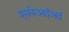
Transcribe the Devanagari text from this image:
एमकेआईआई